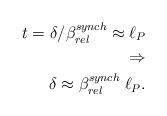
LaTeX: \begin{align*}t= \delta/\beta_{rel}^{synch} \approx \ell_P \\ \Rightarrow \\\delta \approx \beta_{rel}^{synch}\; \ell_P.\end{align*}